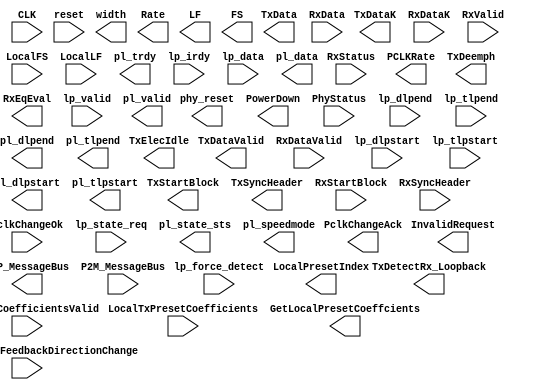
module PCIe #(
	
	parameter MAXPIPEWIDTH = 32,
	parameter DEVICETYPE = 0, //0 for downstream 1 for upstream
	parameter LANESNUMBER =16,
	
	parameter GEN1_PIPEWIDTH = 8 ,	
	parameter GEN2_PIPEWIDTH = 8 ,	

	parameter GEN3_PIPEWIDTH = 8 ,	

								
	parameter GEN4_PIPEWIDTH = 8 ,	
	parameter GEN5_PIPEWIDTH = 8 ,	
	parameter MAX_GEN = 1
)
(
//clk and reset 
input CLK,
input reset,
output phy_reset,
//PIPE interface width
output [1:0] width,
//TX_signals
output [MAXPIPEWIDTH*LANESNUMBER-1:0]TxData,
output [LANESNUMBER-1:0]TxDataValid,
output [LANESNUMBER-1:0]TxElecIdle,
output [LANESNUMBER-1:0]TxStartBlock,
output [(MAXPIPEWIDTH/8)*LANESNUMBER-1:0]TxDataK,
output [2*LANESNUMBER -1:0]TxSyncHeader,
output [LANESNUMBER-1:0]TxDetectRx_Loopback,
//RX_signals
input  	[MAXPIPEWIDTH*LANESNUMBER-1:0]RxData,
input   [LANESNUMBER-1:0]RxDataValid,
input	[(MAXPIPEWIDTH/8)*LANESNUMBER-1:0]RxDataK,
input	[LANESNUMBER-1:0]RxStartBlock,
input	[2*LANESNUMBER -1:0]RxSyncHeader,
input	[LANESNUMBER-1:0]RxValid,
input	[3*LANESNUMBER -1:0]RxStatus,
//commands and status signals
output [3:0]PowerDown,
output  [3:0]Rate,
input PhyStatus,

//pclkcontrolsignal
output [4:0]PCLKRate,
output PclkChangeAck,
input  PclkChangeOk,
//eq_signals
input 	[18*LANESNUMBER -1:0]LocalTxPresetCoefficients,
output 	[18*LANESNUMBER -1:0]TxDeemph,
input 	[6*LANESNUMBER -1:0]LocalFS,
input 	[6*LANESNUMBER -1:0]LocalLF,
output 	[4*LANESNUMBER -1:0]LocalPresetIndex,
output 	[LANESNUMBER -1:0]GetLocalPresetCoeffcients,
input 	[LANESNUMBER -1:0]LocalTxCoefficientsValid,
output 	[6*LANESNUMBER -1:0]LF,
output 	[6*LANESNUMBER -1:0]FS,
output 	[LANESNUMBER -1:0]RxEqEval,
output 	[LANESNUMBER -1:0]InvalidRequest,
input 	[6*LANESNUMBER -1:0]LinkEvaluationFeedbackDirectionChange,

output pl_trdy,
input  lp_irdy,
input  [512-1:0]lp_data,
input  [64-1:0]lp_valid,
output [512-1:0]pl_data,
output [64-1:0] pl_valid,
input  [3:0]lp_state_req,
output [3:0]pl_state_sts,
output [2:0]pl_speedmode,
input lp_force_detect,
////lPIF start & end of TLP DLLP
input [64-1:0]lp_dlpstart,
input [64-1:0]lp_dlpend,
input [64-1:0]lp_tlpstart,
input [64-1:0]lp_tlpend,
output [64-1:0]pl_dlpstart,
output [64-1:0]pl_dlpend,
output [64-1:0]pl_tlpstart,
output [64-1:0]pl_tlpend,
//optional Message bus
output [7:0] M2P_MessageBus,
input  [7:0] P2M_MessageBus

);


endmodule